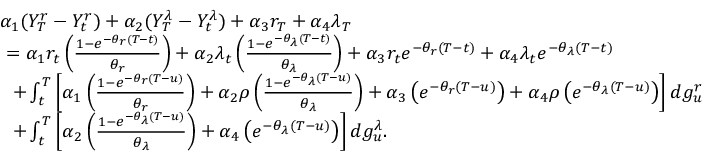
\begin{array} { r l } & { \alpha _ { 1 } ( Y _ { T } ^ { r } - Y _ { t } ^ { r } ) + \alpha _ { 2 } ( Y _ { T } ^ { \lambda } - Y _ { t } ^ { \lambda } ) + \alpha _ { 3 } r _ { T } + \alpha _ { 4 } \lambda _ { T } } \\ & { \ = \alpha _ { 1 } r _ { t } \left( \frac { 1 - e ^ { - \theta _ { r } ( T - t ) } } { \theta _ { r } } \right) + \alpha _ { 2 } \lambda _ { t } \left( \frac { 1 - e ^ { - \theta _ { \lambda } ( T - t ) } } { \theta _ { \lambda } } \right) + \alpha _ { 3 } r _ { t } e ^ { - \theta _ { r } ( T - t ) } + \alpha _ { 4 } \lambda _ { t } e ^ { - \theta _ { \lambda } ( T - t ) } } \\ & { \ \ + \int _ { t } ^ { T } \left[ \alpha _ { 1 } \left( \frac { 1 - e ^ { - \theta _ { r } ( T - u ) } } { \theta _ { r } } \right) + \alpha _ { 2 } \rho \left( \frac { 1 - e ^ { - \theta _ { \lambda } ( T - u ) } } { \theta _ { \lambda } } \right) + \alpha _ { 3 } \left( e ^ { - \theta _ { r } ( T - u ) } \right) + \alpha _ { 4 } \rho \left( e ^ { - \theta _ { \lambda } ( T - u ) } \right) \right] d g _ { u } ^ { r } } \\ & { \ \ + \int _ { t } ^ { T } \left[ \alpha _ { 2 } \left( \frac { 1 - e ^ { - \theta _ { \lambda } ( T - u ) } } { \theta _ { \lambda } } \right) + \alpha _ { 4 } \left( e ^ { - \theta _ { \lambda } ( T - u ) } \right) \right] d g _ { u } ^ { \lambda } . } \end{array}